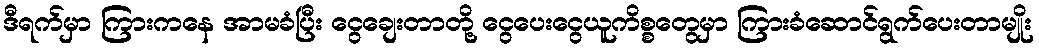
ဒီရက်မှာ ကြားကနေ အာမခံပြီး ငွေချေးတာတို့ ငွေပေးငွေယူကိစ္စတွေမှာ ကြားခံဆောင်ရွက်ပေးတာမျိုး